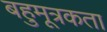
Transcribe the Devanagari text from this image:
बहुमूत्रकता